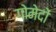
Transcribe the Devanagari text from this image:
गोमेदों